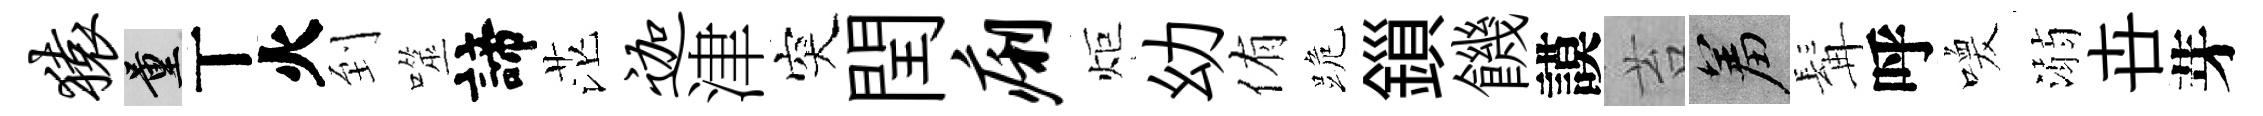
猿量丅火到噬諦茫迦津突閏痢炬幼侑跪鎻饑謨苔羞髯呼喚溺卋芽